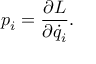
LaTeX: p _ { i } = { \frac { \partial L } { \partial { \dot { q } } _ { i } } } .